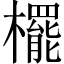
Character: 𣞻